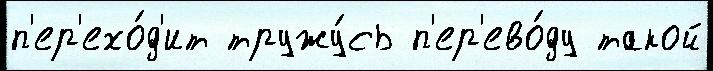
п'ер'ехо́д'ит тружу́сь п'ер'ево́ду такой